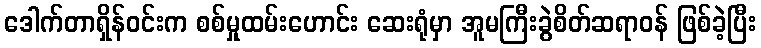
ဒေါက်တာရှိန်ဝင်းက စစ်မှုထမ်းဟောင်း ဆေးရုံမှာ အူမကြီးခွဲစိတ်ဆရာဝန် ဖြစ်ခဲ့ပြီး